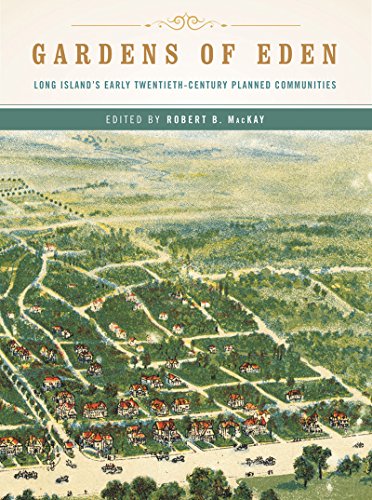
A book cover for Gardens of Eden: Long Island's Early Twentieth-Century Planned Communities; Robert B. MacKay; Arts & Photography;